Vaccination United Provinces of Agra and Oudh 1914-1922 - 1914-1922
Year: 1914
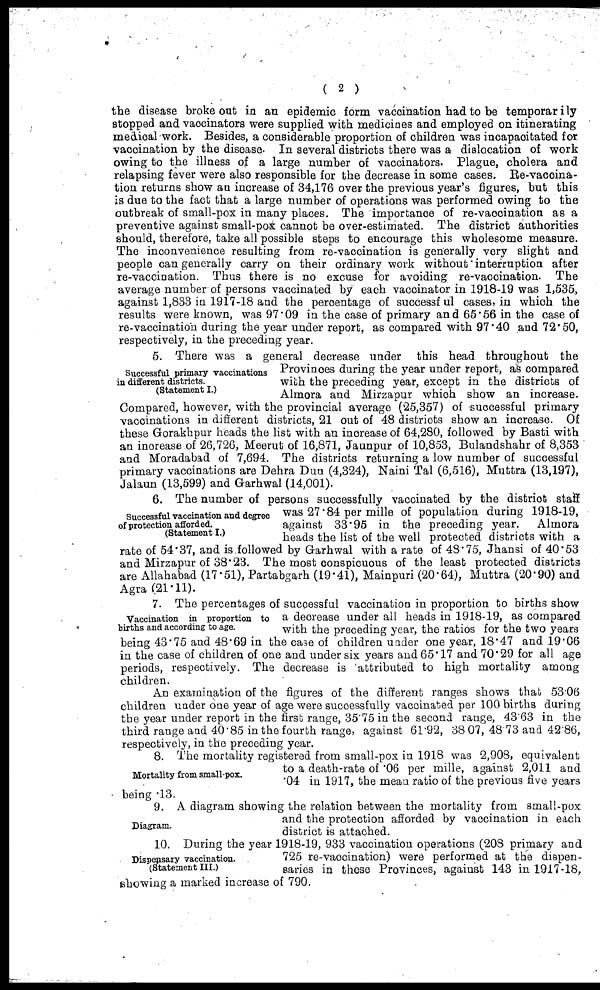
( 2 )
the disease broke out in an epidemic form vaccination had to be temporarily
stopped and vaccinators were supplied with medicines and employed on itinerating
medical work. Besides, a considerable proportion of children was incapacitated for
vaccination by the disease. In several districts there was a dislocation of work
owing to the illness of a large number of vaccinators. Plague, cholera and
relapsing fever were also responsible for the decrease in some cases. Re-vaccina-
tion returns show an increase of 34,176 over the previous year's figures, but this
is due to the fact that a large number of operations was performed owing to the
outbreak of small-pox in many places. The importance of re-vaccination as a
preventive against small-pox cannot be over-estimated. The district authorities
should, therefore, take all possible steps to encourage this wholesome measure.
The inconvenience resulting from re-vaccination is generally very slight and
people can generally carry on their ordinary work without interruption after
re-vaccination. Thus there is no excuse for avoiding re-vaccination. The
average number of persons vaccinated by each vaccinator in 1918-19 was 1,535,
against 1,833 in 1917-18 and the percentage of successful cases, in which the
results were known, was 97.09 in the case of primary and 65.56 in the case of
re-vaccination during the year under report, as compared with 97.40 and 72.50,
respectively, in the preceding year.
Successful primary vaccinations
in different districts.
(Statement I.)
5. There was a general decrease under this head throughout the
Provinces during the year under report, as compared
with the preceding year, except in the districts of
Almora and Mirzapur which show an increase.
Compared, however, with the provincial average (25,357) of successful primary
vaccinations in different districts, 21 out of 48 districts show an increase. Of
these Gorakhpur heads the list with an increase of 64,280, followed by Basti with
an increase of 26,726, Meerut of 16,871, Jaunpur of 10,853, Bulandshahr of 8,353
and Moradabad of 7,694. The districts returning a low number of successful
primary vaccinations are Dehra Dun (4,324), Naini Tal (6,516), Muttra (13,197),
Jalaun (13,599) and Garhwal (14,001).
Successful vaccination and degree
of protection afforded.
(Statement I.)
6. The number of persons successfully vaccinated by the district staff
was 27. 84 per mille of population during 1918-19,
against 33.95 in the preceding year.
Almora
heads the list of the well protected districts with a
rate of 54.37, and is followed by Garhwal with a rate of 48.75, Jhansi of 40.53
and Mirzapur of 38.23. The most conspicuous of the least protected districts
are Allahabad (17.51), Partabgarh (19.41), Mainpuri (20.64), Muttra (20.90) and
Agra (21.11).
Vaccination in proportion to
births and according to age.
7. The percentages of successful vaccination in proportion to births show
a decrease under all heads in 1918-19, as compared
with the preceding year, the ratios for the two years
being 43.75 and 48.69 in the case of children under one year, 18.47 and 19.06
in the case of children of one and under six years and 65.17 and 70.29 for all age
periods, respectively. The decrease is attributed to high mortality among
children.
An examination of the figures of the different ranges shows that 53.06
children under one year of age were successfully vaccinated per 100 births during
the year under report in the first range, 35.75 in the second range, 43.63 in the
third range and 40.85 in the fourth range, against 61.92, 38 07, 48.73 and 42.86,
respectively, in the preceding year.
Mortality from small-pox.
8. The mortality registered from small-pox in 1918 was 2,908, equivalent
to a death-rate of .06 per mille, against 2,011 and
'04 in 1917, the mean ratio of the previous five years
being .13.
Diagram.
9. A diagram showing the relation between the mortality from small-pox
and the protection afforded by vaccination in each
district is attached.
Dispensary vaccination.
(Statement III.)
10. During the year 1918-19, 933 vaccination operations (208 primary and
725 re-vaccination) were performed at the dispen-
saries in these Provinces, against 143 in 1917-18,
showing a marked increase of 790.